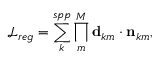
\mathcal { L } _ { r e g } = \sum _ { k } ^ { s p p } \prod _ { m } ^ { M } \mathbf { d } _ { k m } \cdot \mathbf { n } _ { k m } ,